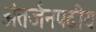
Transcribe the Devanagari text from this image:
अंतर्जनपदीय